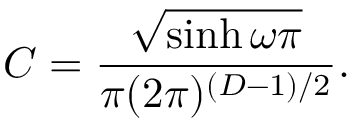
C = \frac { \sqrt { \sinh \omega \pi } } { \pi ( 2 \pi ) ^ { ( D - 1 ) / 2 } } .